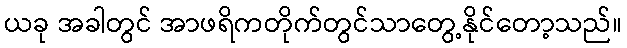
ယခု အခါတွင် အာဖရိကတိုက်တွင်သာတွေ့နိုင်တော့သည်။